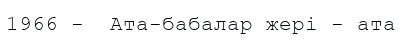
1966 -  Ата-бабалар жері - ата